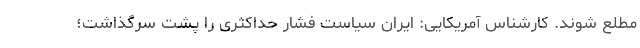
مطلع شوند. کارشناس آمریکایی: ایران سیاست فشار حداکثری را پشت سرگذاشت؛